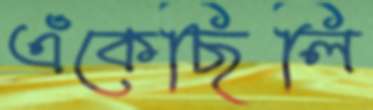
এঁকেছিলি